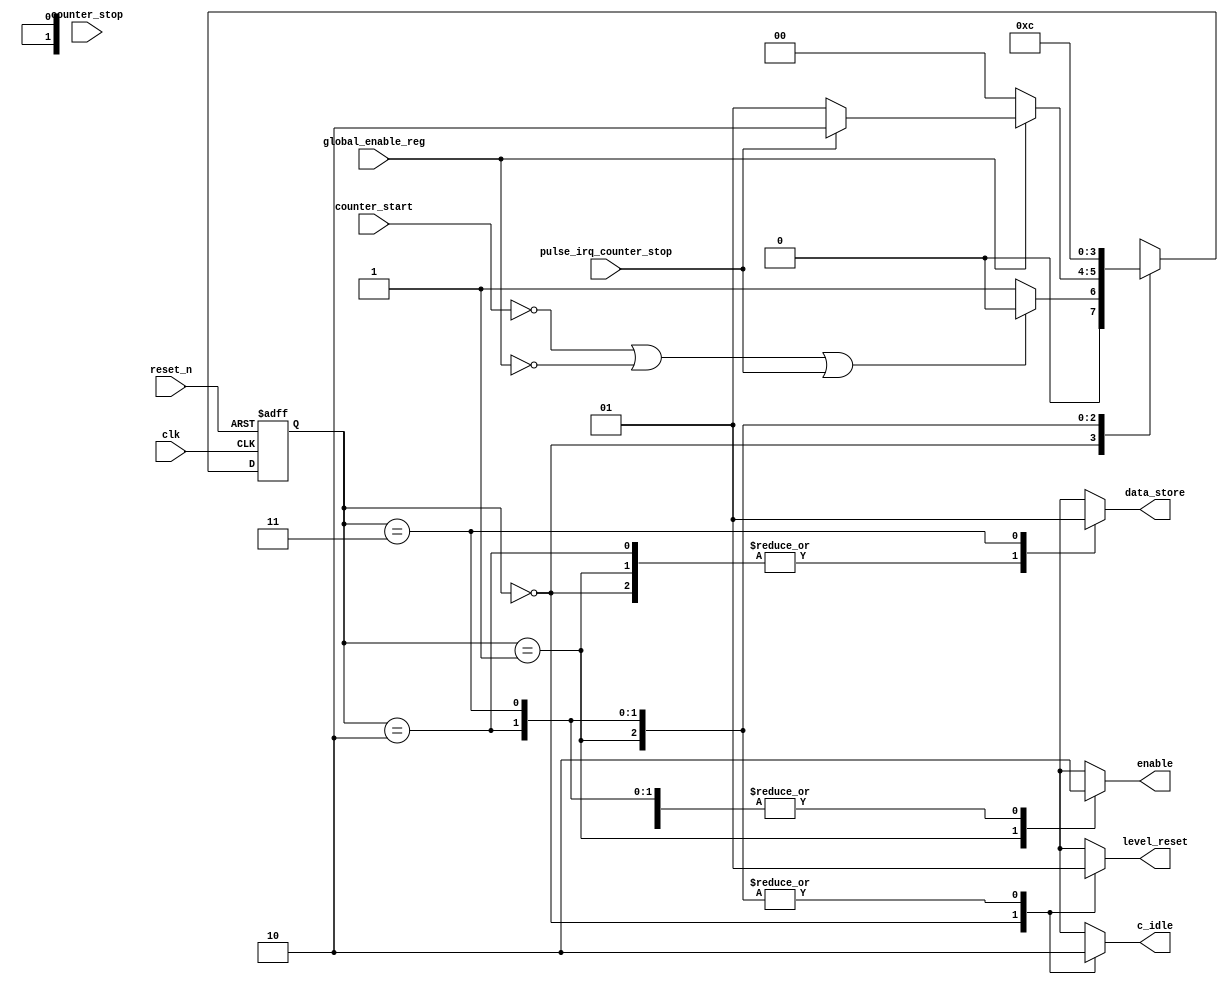
module state_machine_counter #(
parameter INTR_TYPE = 1'b1
)(
   clk,
	reset_n,
	pulse_irq_counter_stop,
	global_enable_reg,
	counter_start,
	counter_stop,
	enable,
	c_idle,
	level_reset,
	data_store
);

input wire clk;
input wire reset_n;
input wire pulse_irq_counter_stop;
input wire global_enable_reg;
input wire counter_start;
input wire counter_stop;

output reg enable;
output reg level_reset;
output reg data_store;
output reg c_idle;

reg [1:0] state ;
reg [1:0] next_state ;

localparam IDLE  =2'b00;
localparam START =2'b01;
localparam STOP  =2'b10;
localparam STORE =2'b11;

//State machine Sequential logic 

always @ (posedge clk or negedge reset_n)
begin
       if (!reset_n) state <= IDLE;
       else          state<= next_state;
end


//State Machine Transitional conditions

always @(state or counter_start or counter_stop or pulse_irq_counter_stop or global_enable_reg) 
      begin
           case (state)
               IDLE: if (counter_start==1'b0 || global_enable_reg == 1'b0 || pulse_irq_counter_stop==1'b1) begin
					           next_state = IDLE;  // active low reset signal	
                       end else begin                         
							     next_state = START;
							  end
               START: if (global_enable_reg == 1'b0) begin
							     next_state = IDLE;
                            end 
					   else if ((INTR_TYPE == 0 & counter_stop==1'b1) |(INTR_TYPE == 1 & pulse_irq_counter_stop==1'b1))
					        begin
							     next_state = STOP;
					    	end
					   else
					       begin
						        next_state = START;
						   end
               STOP: begin
				  	           next_state = STORE;
							  end  
               STORE: begin
					           next_state = IDLE;
							  end
              default:next_state = IDLE; 
     endcase
end


//combo logic function to control counter

always @ (state) begin
        case (state)
          IDLE: begin
		           enable = 1'b0;
					  level_reset = 1'b0;
		 			  data_store = 1'b0;
					  c_idle = 1'b1;
		        end
          START: begin
		           enable = 1'b1;
					  level_reset = 1'b1;
					  data_store = 1'b0;
					  c_idle = 1'b0;
		        end 
          STOP: begin
		           enable = 1'b0;
					  level_reset = 1'b1;
					  data_store = 1'b0;
					  c_idle = 1'b0;
		        end 
          STORE: begin
		           enable = 1'b0;
					  level_reset = 1'b1;
					  data_store = 1'b1;
					  c_idle = 1'b0;
		        end
        endcase
end

endmodule